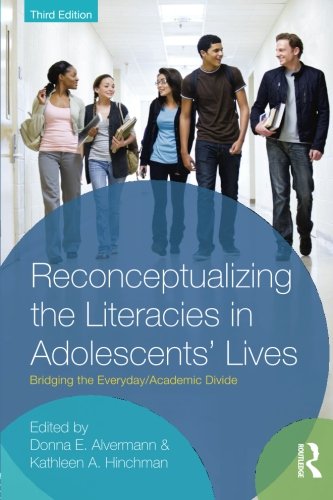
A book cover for Reconceptualizing the Literacies in Adolescents' Lives: Bridging the Everyday/Academic Divide, Third Edition; Education & Teaching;